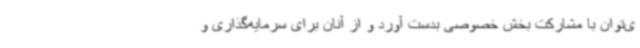
ی‌توان با مشارکت بخش خصوصی بدست آورد و از آنان برای سرمایه‌گذاری و